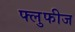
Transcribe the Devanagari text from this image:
फ्लुफीज